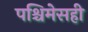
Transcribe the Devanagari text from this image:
पश्चिमेसही